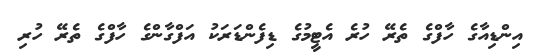
އިންޑިއާގެ ހާފްގެ ތެރޭ ހުރެ އެޓީމުގެ ޑިފެންޑަރަކު އަފްގާންގެ ހާފްގެ ތެރޭ ހުރި